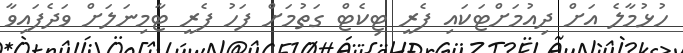
ހުޅުމާލެ އަށް ދިއުމަށްޓަކައި ފެރީ ޓިކެޓް ގަތުމަށް ފަހު ފެރީ ޓާމިނަަލަށް ވަދެފައިވާ